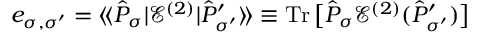
e _ { \sigma , \sigma ^ { \prime } } = \langle \! \langle \hat { P } _ { \sigma } | \mathcal { E } ^ { ( 2 ) } | \hat { P } _ { \sigma ^ { \prime } } ^ { \prime } \rangle \! \rangle \equiv \operatorname { T r } \big [ \hat { P } _ { \sigma } \mathcal { E } ^ { ( 2 ) } ( \hat { P } _ { \sigma ^ { \prime } } ^ { \prime } ) \big ]